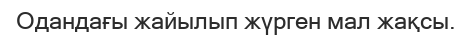
Одандағы жайылып жүрген мал жақсы.